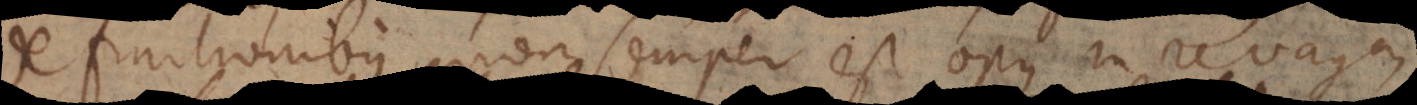
definitionibus non semper est opus in re vaga,